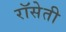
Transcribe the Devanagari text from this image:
रॉसेती